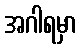
အဂါရမှာ